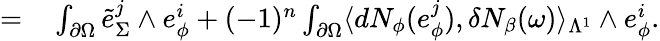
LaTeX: \begin{array}{rl}{=}&{{}\int_{\partial\Omega}\tilde{e}_{\Sigma}^{j}\wedge e_{\phi}^{i}+(-1)^{n}\int_{\partial\Omega}\langle dN_{\phi}(e_{\phi}^{j}),\delta N_{\beta}(\omega)\rangle_{\Lambda^{1}}\wedge e_{\phi}^{i}.}\end{array}